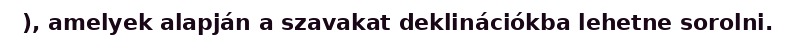
), amelyek alapján a szavakat deklinációkba lehetne sorolni.